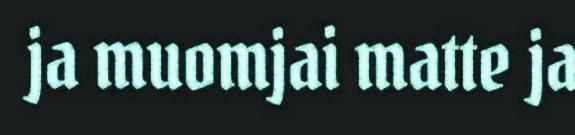
ja muomjai matte ja